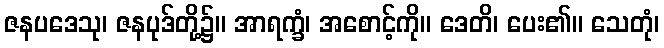
ဇနပဒေသု၊ ဇနပုဒ်တို့၌။ အာရက္ခံ၊ အစောင့်ကို။ ဒေတိ၊ ပေး၏။ သေတုံ၊